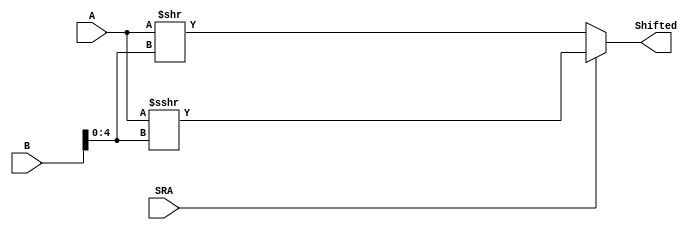
/* Mdulo responsvel por dar Right Logical Shift ou Right Arithmetic Shift
Recebe dois nmeros de 32 bits, A e B, e shifta A para direita na quantidade especificada pelos 5 LSB de B.
Resultado  atribuido na sada Shifted.
Caso SRA for 1, executa um arithmetic shift, caso contrrio (igual a 0) executa um logical shift */
module RightShifter (
    input signed [31:0] A, B,
    input SRA,
    output reg [31:0] Shifted
);
    always @ (A, B, SRA)
        if (SRA == 0) 
            Shifted = A >> B[4:0];
        else 
            Shifted = A >>> B[4:0];

endmodule